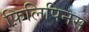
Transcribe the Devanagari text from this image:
फ़िलिपिनस